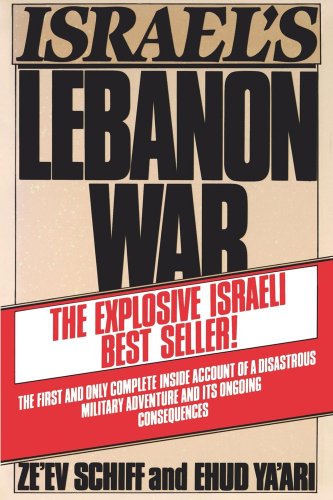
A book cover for Israel's Lebanon War; Ze'ev Schiff; History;